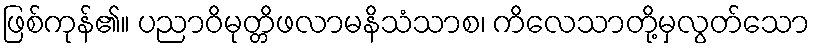
ဖြစ်ကုန်၏။ ပညာဝိမုတ္တိဖလာမနိသံသာစ၊ ကိလေသာတို့မှလွတ်သော